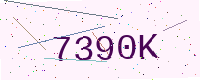
Text: 7390K